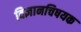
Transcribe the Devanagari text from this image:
विज्ञानचिषयक